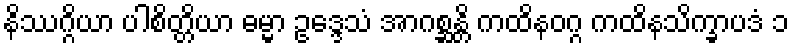
နိဿဂ္ဂိယာ ပါစိတ္တိယာ ဓမ္မာ ဥဒ္ဒေသံ အာဂစ္ဆန္တိ ကထိနဝဂ္ဂ ကထိနသိက္ခာပဒံ ၁